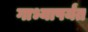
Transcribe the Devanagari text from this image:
गाभ्यापर्यंत